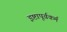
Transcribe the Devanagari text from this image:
इष्टापूर्वकर्म